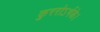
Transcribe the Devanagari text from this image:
कुररोऽर्भके।